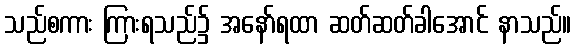
သည်စကား ကြားရသည်၌ အနော်ရထာ ဆတ်ဆတ်ခါအောင် နာသည်။